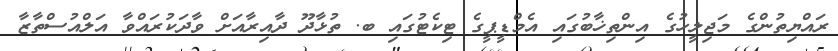
ރައްޔިތުންގެ މަޖިލީހުގެ އިންތިޚާބުގައި އެމްޑީޕީގެ ޓިކެޓުގައި ބ. ތުޅާދޫ ދާއިރާއަށް ވާދަކުރައްވާ އަލްއުސްތާޒާ